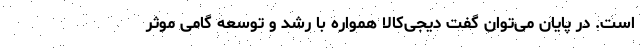
است. در پایان می‌توان گفت دیجی‌کالا همواره با رشد و توسعه گامی موثر